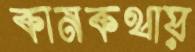
কানকথায়